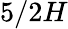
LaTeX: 5/2H